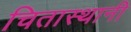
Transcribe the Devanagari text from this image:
चितास्थानी